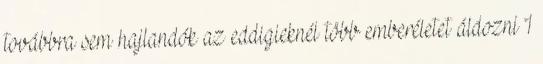
továbbra sem hajlandók az eddigieknél több emberéletet áldozni 1